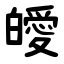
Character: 皧